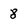
Character: 8